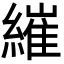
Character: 繀